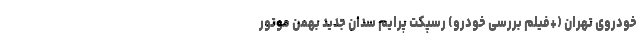
خودروی تهران (+فیلم بررسی خودرو) رسپکت پرایم سدان جدید بهمن موتور